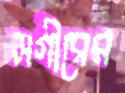
সগীরের